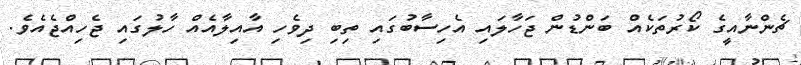
ޗެންނާއީގެ ކޯރުތަކެއް ބަންޑުން ޖަހާލައި އެހިސާބުގައި ތިބި ދިވެހި އާއިލާއެއް ހާލުގައި ޖެހިއްޖެއެވެ.